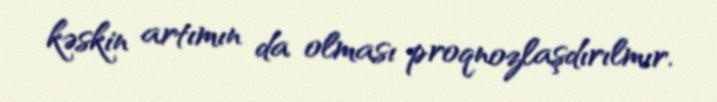
kəskin artımın da olması proqnozlaşdırılmır.